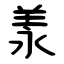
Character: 羕